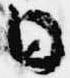
日